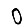
Digit: 0